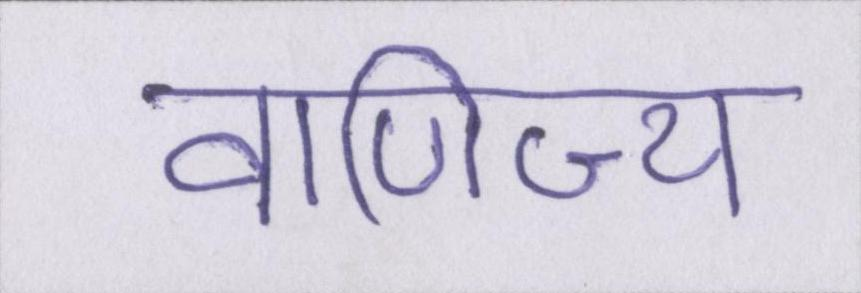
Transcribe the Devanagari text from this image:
वाणिज्य